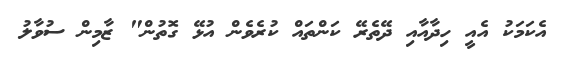
އެކަަމަކުު އެއީ ހިދާއާއި ދޭތެރޭ ކަންތައް ކުރެވެން އުޅޭ ގޮތުން" ޒާމިން ސުވާލު